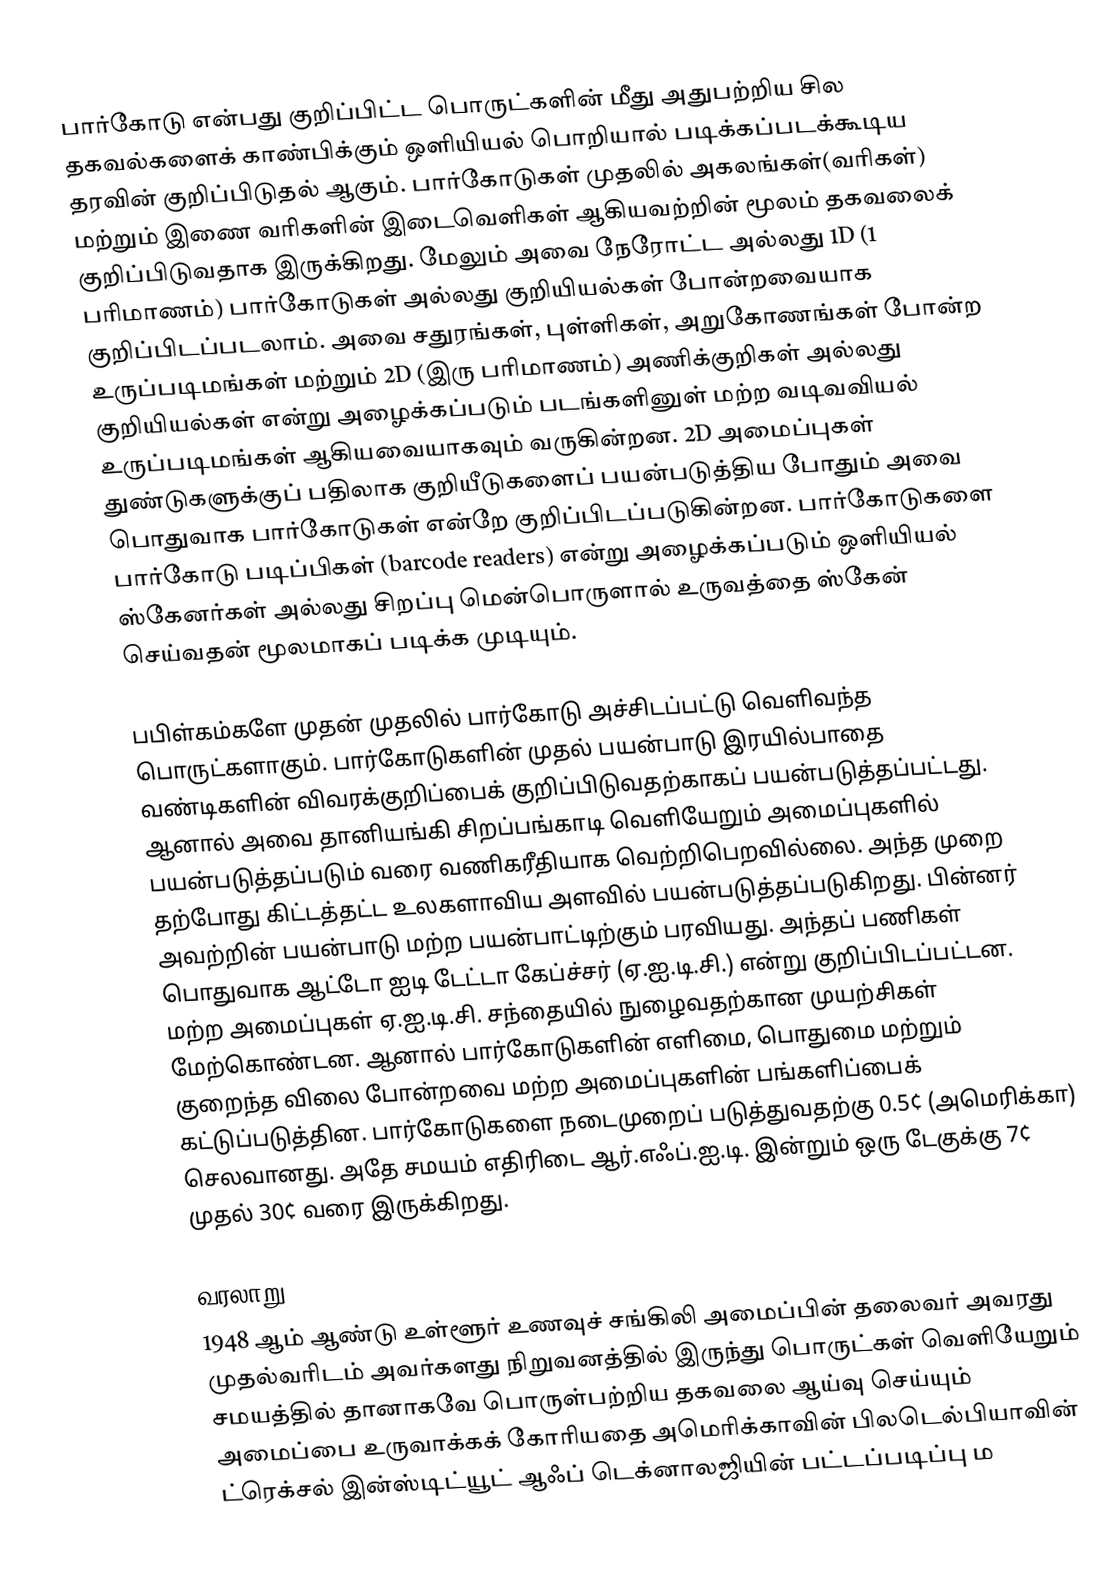
பார்கோடு என்பது குறிப்பிட்ட பொருட்களின் மீது அதுபற்றிய சில தகவல்களைக் காண்பிக்கும் ஒளியியல் பொறியால் படிக்கப்படக்கூடிய தரவின் குறிப்பிடுதல் ஆகும். பார்கோடுகள் முதலில் அகலங்கள்(வரிகள்) மற்றும் இணை வரிகளின் இடைவெளிகள் ஆகியவற்றின் மூலம் தகவலைக் குறிப்பிடுவதாக இருக்கிறது. மேலும் அவை நேரோட்ட அல்லது 1D (1 பரிமாணம்) பார்கோடுகள் அல்லது குறியியல்கள் போன்றவையாக குறிப்பிடப்படலாம். அவை சதுரங்கள், புள்ளிகள், அறுகோணங்கள் போன்ற உருப்படிமங்கள் மற்றும் 2D (இரு பரிமாணம்) அணிக்குறிகள் அல்லது குறியியல்கள் என்று அழைக்கப்படும் படங்களினுள் மற்ற வடிவவியல் உருப்படிமங்கள் ஆகியவையாகவும் வருகின்றன. 2D அமைப்புகள் துண்டுகளுக்குப் பதிலாக குறியீடுகளைப் பயன்படுத்திய போதும் அவை பொதுவாக பார்கோடுகள் என்றே குறிப்பிடப்படுகின்றன. பார்கோடுகளை பார்கோடு படிப்பிகள் (barcode readers) என்று அழைக்கப்படும் ஒளியியல் ஸ்கேனர்கள் அல்லது சிறப்பு மென்பொருளால் உருவத்தை ஸ்கேன் செய்வதன் மூலமாகப் படிக்க முடியும்.

பபிள்கம்களே முதன் முதலில் பார்கோடு அச்சிடப்பட்டு வெளிவந்த பொருட்களாகும். பார்கோடுகளின் முதல் பயன்பாடு இரயில்பாதை வண்டிகளின் விவரக்குறிப்பைக் குறிப்பிடுவதற்காகப் பயன்படுத்தப்பட்டது. ஆனால் அவை தானியங்கி சிறப்பங்காடி வெளியேறும் அமைப்புகளில் பயன்படுத்தப்படும் வரை வணிகரீதியாக வெற்றிபெறவில்லை. அந்த முறை தற்போது கிட்டத்தட்ட உலகளாவிய அளவில் பயன்படுத்தப்படுகிறது. பின்னர் அவற்றின் பயன்பாடு மற்ற பயன்பாட்டிற்கும் பரவியது. அந்தப் பணிகள் பொதுவாக ஆட்டோ ஐடி டேட்டா கேப்ச்சர் (ஏ.ஐ.டி.சி.) என்று குறிப்பிடப்பட்டன. மற்ற அமைப்புகள் ஏ.ஐ.டி.சி. சந்தையில் நுழைவதற்கான முயற்சிகள் மேற்கொண்டன. ஆனால் பார்கோடுகளின் எளிமை, பொதுமை மற்றும் குறைந்த விலை போன்றவை மற்ற அமைப்புகளின் பங்களிப்பைக் கட்டுப்படுத்தின. பார்கோடுகளை நடைமுறைப் படுத்துவதற்கு 0.5¢ (அமெரிக்கா) செலவானது. அதே சமயம் எதிரிடை ஆர்.எஃப்.ஐ.டி. இன்றும் ஒரு டேகுக்கு 7¢ முதல் 30¢ வரை இருக்கிறது.

வரலாறு
1948 ஆம் ஆண்டு உள்ளூர் உணவுச் சங்கிலி அமைப்பின் தலைவர் அவரது முதல்வரிடம் அவர்களது நிறுவனத்தில் இருந்து பொருட்கள் வெளியேறும் சமயத்தில் தானாகவே பொருள்பற்றிய தகவலை ஆய்வு செய்யும் அமைப்பை உருவாக்கக் கோரியதை அமெரிக்காவின் பிலடெல்பியாவின் ட்ரெக்சல் இன்ஸ்டிட்யூட் ஆஃப் டெக்னாலஜியின் பட்டப்படிப்பு ம